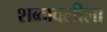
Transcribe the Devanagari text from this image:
शब्दावलीला